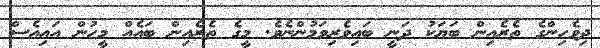
ދިވެހިންގެ ތެރެއިން ބަޔަކު ދަނީ ބައިވެރިވަމުންނެވެ. މީގެ ތެރެއިން ބައެއް މީހުން އައިއެސް